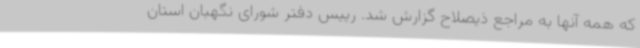
که همه آنها به مراجع ذیصلاح گزارش شد. رییس دفتر شورای نگهبان استان